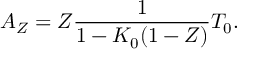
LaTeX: A _ { Z } = Z \frac { 1 } { 1 - K _ { 0 } ( 1 - Z ) } T _ { 0 } .